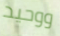
ووحيد